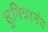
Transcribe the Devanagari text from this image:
सुमित्रानंद